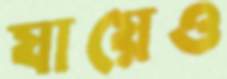
যায়েও